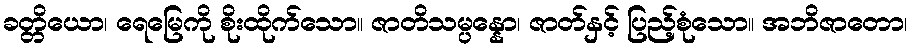
ခတ္တိယော၊ ရေမြေကို စိုးထိုက်သော။ ဇာတိသမ္ပန္နော၊ ဇာတ်နှင့် ပြည့်စုံသော။ အဘိဇာတော၊